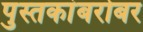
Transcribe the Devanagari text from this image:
पुस्तकांबरोबर